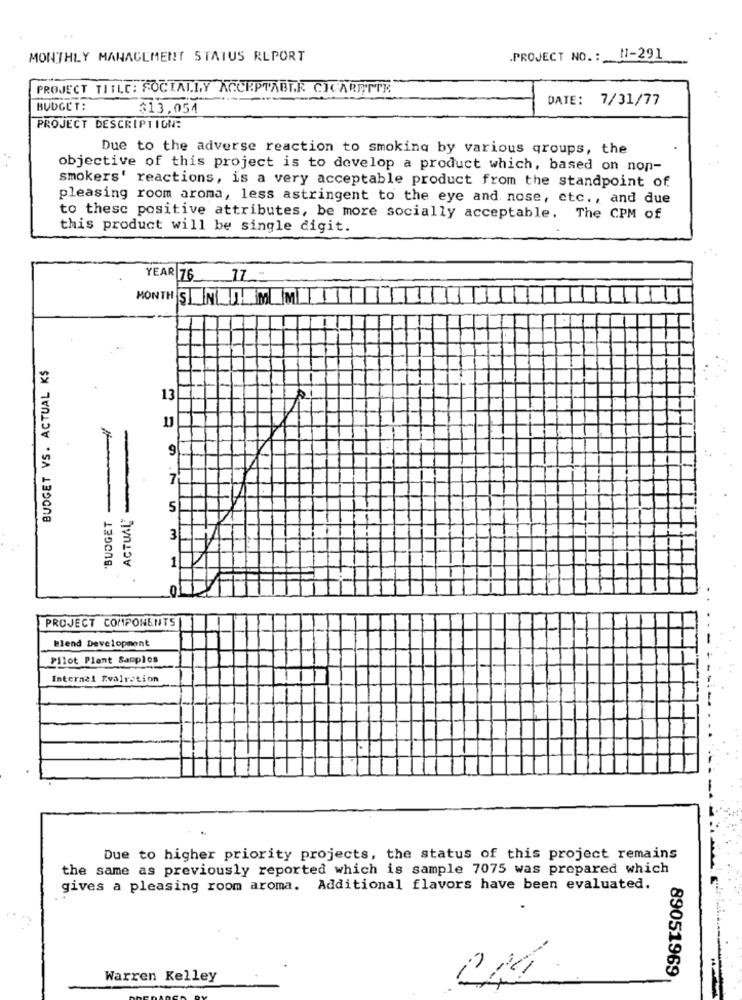
MONTHLY MANAGEMENT STATUS REPORT
.PROJECT NO .: N-291
PROJECT TITLE: SOCIALLY ACCEPTABLE CICARETTE
DATE: 7/31/77
BUDGET:
$13.054
PROJECT DESCRIPTION:
Due to the adverse reaction to smoking by various qroups, the
objective of this project is to develop a product which, based on non-
smokers' reactions, is a very acceptable product from the standpoint of
pleasing room aroma, less astringent to the eye and nose, etc ., and due
to thesc positive attributes, be more socially acceptable. The CPM of
this product will be single digit.
YEAR 76_ 17
MONTHS NLJM MIIT
BUDGET VS. ACTUAL K$
13
9
7
ACTUAL
5
"BUDGET
3
1
PROJECT COMPONENTS
Blend Development
Pilot Plant Sapplos
Internal Evalration
Due to higher priority projects, the status of this project remains
the same as previously reported which is sample 7075 was prepared which
gives a pleasing room aroma. Additional flavors have been evaluated.
Warren Kelley
89051969